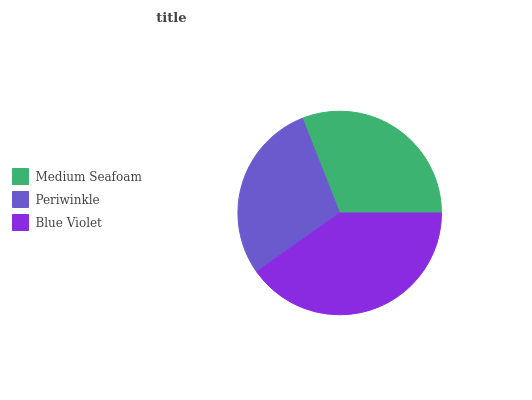
| Medium Seafoam | Periwinkle | Blue Violet |
 | --- | --- | --- |
 | 31% | 28.8% | 40.2% |